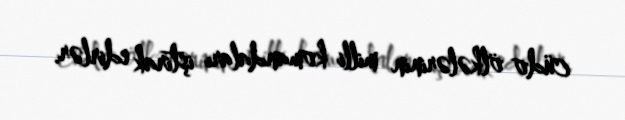
cüdo ölkələrinin milli komandaları iştirak edirlər.